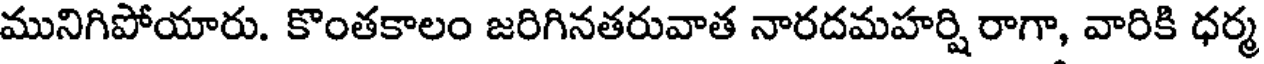
మునిగిపోయారు. కొంతకాలం జరిగినతరువాత నారదమహర్షి రాగా, వారికి ధర్మ